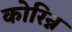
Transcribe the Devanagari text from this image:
कोरिन्न